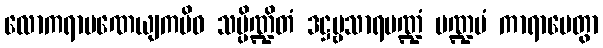
လောကရာမဏေယျကမိဝ သမ္ပိဏ္ဍိတံ ဒဋ္ဌဗ္ဗသာရမဏ္ဍံ မဏ္ဍပံ ကာရာပေတွာ